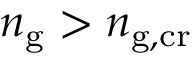
n _ { \mathrm { g } } > n _ { \mathrm { g , c r } }